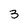
Character: 3